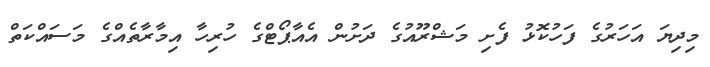
މިދިޔަ އަހަރުގެ ފަހުކޮޅު ފެށި މަޝްރޫއުގެ ދަށުން އެއާޕޯޓްގެ ހުރިހާ އިމާރާތެއްގެ މަސައްކަތް